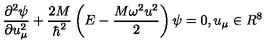
\frac { { \partial } ^ { 2 } \psi } { \partial u _ { \mu } ^ { 2 } } + \frac { 2 M } { \hbar ^ { 2 } } \left( E - \frac { M \omega ^ { 2 } u ^ { 2 } } { 2 } \right) \psi = 0 , u _ { \mu } \in R ^ { 8 }